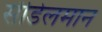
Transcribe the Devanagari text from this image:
सीडेलमान